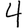
Digit: 4